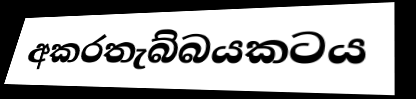
අකරතැබ්බයකටය